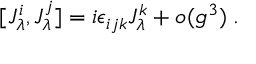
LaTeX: [ J _ { \lambda } ^ { i } , J _ { \lambda } ^ { j } ] = i \epsilon _ { i j k } J _ { \lambda } ^ { k } + o ( g ^ { 3 } ) \; .